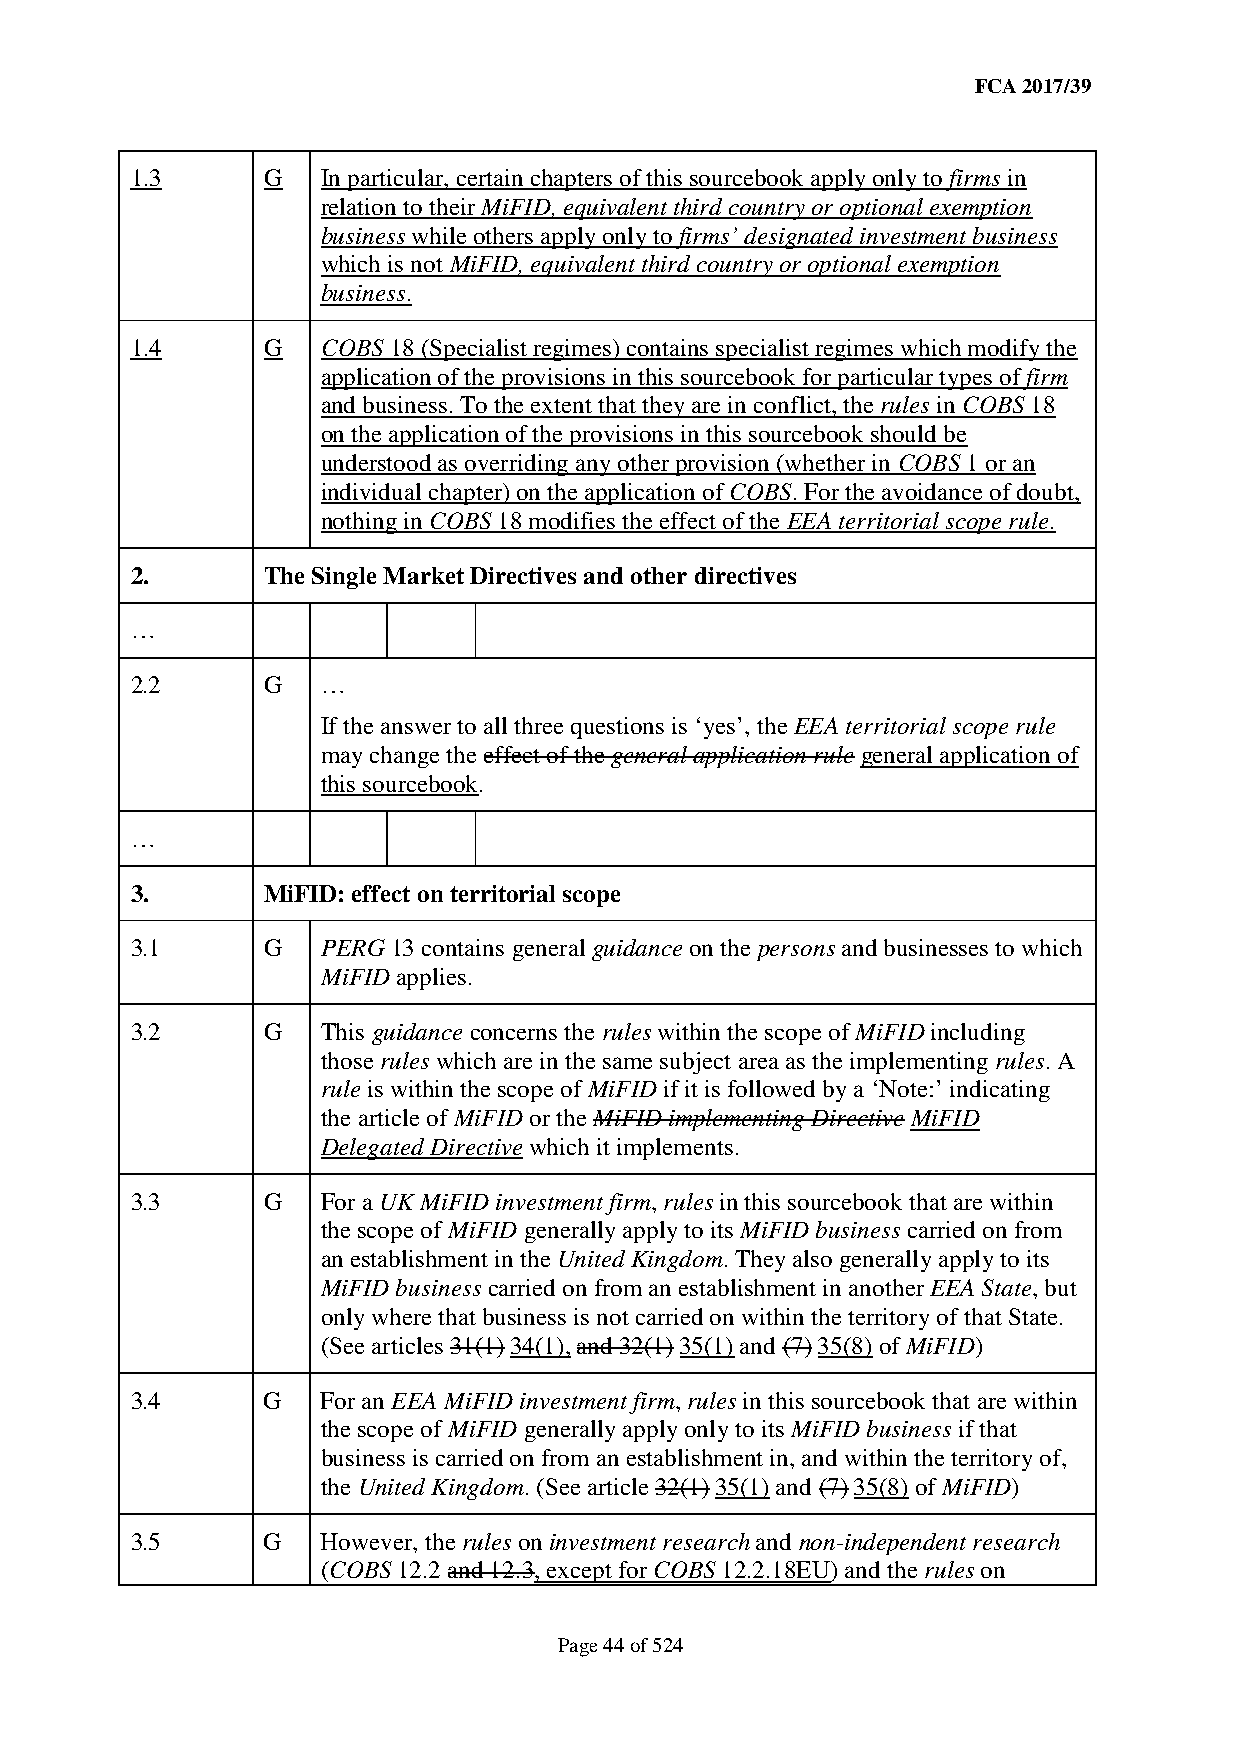
FCA 2017/39
 1.3     G   In particular, certain chapters of this sourcebook apply only to firms in
 relation to their MiFID, equivalent third country or optional exemption
 business while others apply only to firms’ designated investment business
 which is not MiFID, equivalent third country or optional exemption
 business.
 1.4     G   COBS 18 (Specialist regimes) contains specialist regimes which modify the
 application of the provisions in this sourcebook for particular types of firm
 and business. To the extent that they are in conflict, the rules in COBS 18
 on the application of the provisions in this sourcebook should be
 understood as overriding any other provision (whether in COBS 1 or an
 individual chapter) on the application of COBS. For the avoidance of doubt,
 nothing in COBS 18 modifies the effect of the EEA territorial scope rule.
 2.      The Single Market Directives and other directives
 …
 2.2     G   …
 If the answer to all three questions is ‘yes’, the EEA territorial scope rule
 may change the effect of the general application rule general application of
 this sourcebook.
 …
 3.      MiFID: effect on territorial scope
 3.1     G   PERG 13 contains general guidance on the persons and businesses to which
 MiFID applies.
 3.2     G   This guidance concerns the rules within the scope of MiFID including
 those rules which are in the same subject area as the implementing rules. A
 rule is within the scope of MiFID if it is followed by a ‘Note:’ indicating
 the article of MiFID or the MiFID implementing Directive MiFID
 Delegated Directive which it implements.
 3.3     G   For a UK MiFID investment firm, rules in this sourcebook that are within
 the scope of MiFID generally apply to its MiFID business carried on from
 an establishment in the United Kingdom. They also generally apply to its
 MiFID business carried on from an establishment in another EEA State, but
 only where that business is not carried on within the territory of that State.
 (See articles 31(1) 34(1), and 32(1) 35(1) and (7) 35(8) of MiFID)
 3.4     G   For an EEA MiFID investment firm, rules in this sourcebook that are within
 the scope of MiFID generally apply only to its MiFID business if that
 business is carried on from an establishment in, and within the territory of,
 the United Kingdom. (See article 32(1) 35(1) and (7) 35(8) of MiFID)
 3.5     G   However, the rules on investment research and non-independent research
 (COBS 12.2 and 12.3, except for COBS 12.2.18EU) and the rules on
 Page 44 of 524